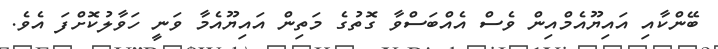
ބޭންކާއި އައިޔޫއެމްއިން ވެސް އެއްބަސްވާ ގޮތުގެ މަތިން އައިޔޫއެމާ ވަނީ ހަވާލުކޮށްފަ އެވެ.